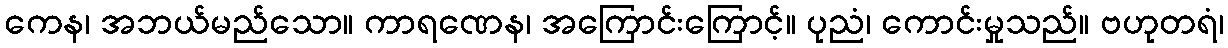
ကေန၊ အဘယ်မည်သော။ ကာရဏေန၊ အကြောင်းကြောင့်။ ပုညံ၊ ကောင်းမှုသည်။ ဗဟုတရံ၊